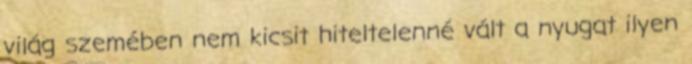
világ szemében nem kicsit hiteltelenné vált a nyugat ilyen